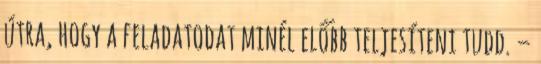
útra, hogy a feladatodat minél előbb teljesíteni tudd. –